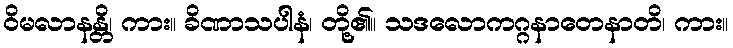
ဝိမလာနန္တိ၊ ကား။ ခိဏာသပါနံ၊ တို့၏။ သဒလောကဂ္ဂနာတေနာတိ၊ ကား။